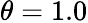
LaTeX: \theta=1.0